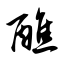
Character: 醮